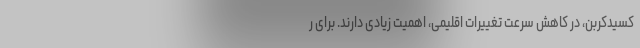
کسید‌کربن، در کاهش سرعت تغییرات اقلیمی، اهمیت زیادی دارند. برای ر